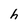
Character: h